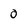
Character: 0